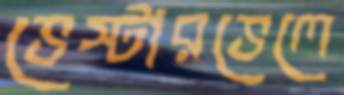
ভেস্টারভেলে